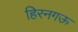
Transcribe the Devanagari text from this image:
हिरनगऊ